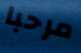
مرحبا